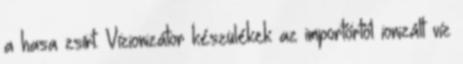
a hasa zsírt. Vízionizátor készülékek az importőrtől ionizált víz